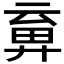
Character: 𢍞